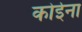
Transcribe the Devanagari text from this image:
कोईना